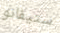
ستيفانو